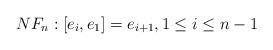
LaTeX: \begin{align*}NF_n: [e_i, e_1]=e_{i+1}, 1\leq i\leq n-1\end{align*}